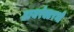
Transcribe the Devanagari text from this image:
डायरेक्टरभी